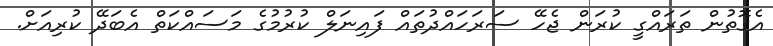
އެގޮތުން ތަރައްގީ ކުރަން ޖެހޭ ސަރަހައްދުތައް ފައިނަލް ކުރުމުގެ މަސައްކަތް އެބަދޭ ކުރިއަށް.